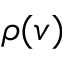
\rho ( v )